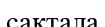
сақтала